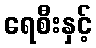
ရေစီးနှင့်